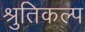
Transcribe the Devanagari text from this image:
श्रुतिकल्प